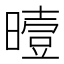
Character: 曀